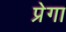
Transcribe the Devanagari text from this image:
प्रेगा